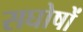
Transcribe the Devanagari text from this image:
सघोषों